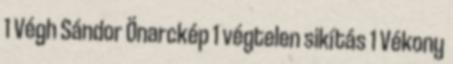
1 Végh Sándor Önarckép 1 végtelen sikítás 1 Vékony